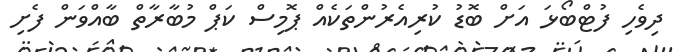
ދިވެހި ފުޓްބޯޅަ އަށް ބޮޑު ކުރިއެރުންތަކެއް ޕޮމިސް ކަޕް މުބާރާތް ބާއްވަން ފެށި